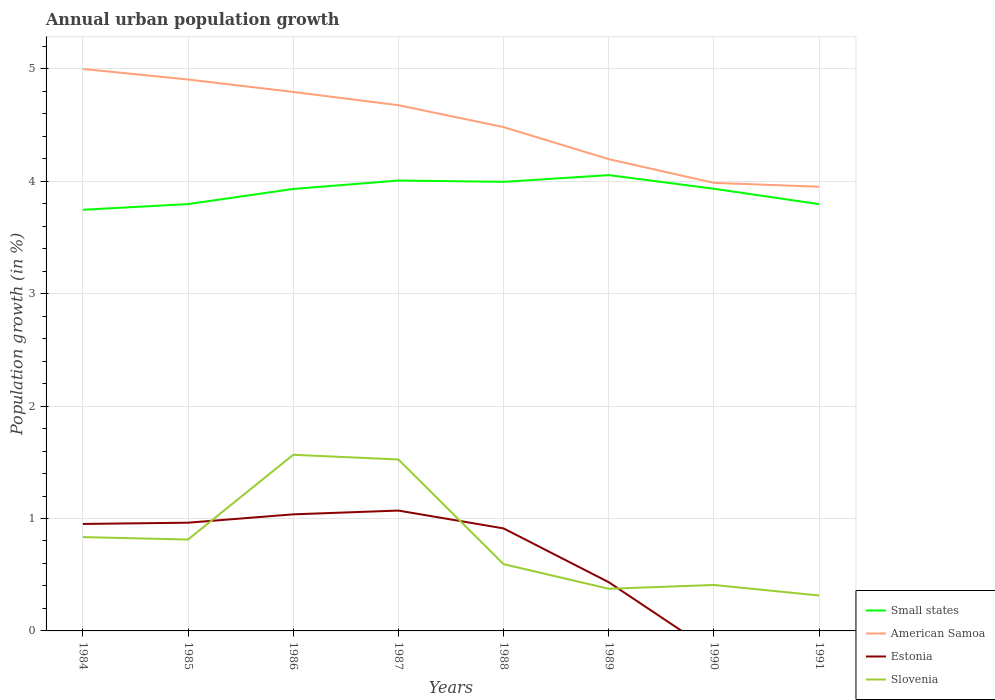
| Years | Small states | American Samoa | Estonia | Slovenia |
 | --- | --- | --- | --- | --- |
 | 1984 | 3.75 | 5 | 0.952 | 0.835 |
 | 1985 | 3.8 | 4.91 | 0.963 | 0.813 |
 | 1986 | 3.93 | 4.79 | 1.04 | 1.57 |
 | 1987 | 4.01 | 4.68 | 1.07 | 1.53 |
 | 1988 | 4 | 4.48 | 0.912 | 0.594 |
 | 1989 | 4.05 | 4.2 | 0.433 | 0.375 |
 | 1990 | 3.93 | 3.99 | -0.192 | 0.409 |
 | 1991 | 3.8 | 3.95 | -0.762 | 0.315 |